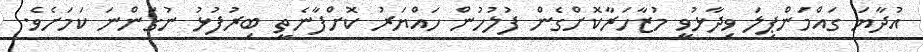
އުދާޔަ ގައްމަންޕިލަ ވިދާޅުވީ މުޒާހަރާކޮށްގެން ފުލުހުން ހައްޔަރު ކޮށްފާނެތީ ބިރުފުޅު ނުގަންނަ ކަމަށެވެ.